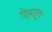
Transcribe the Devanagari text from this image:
पीयूएफ